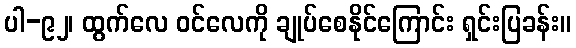
ပါ-၉၂၊ ထွက်လေ ဝင်လေကို ချုပ်စေနိုင်ကြောင်း ရှင်းပြခန်း။